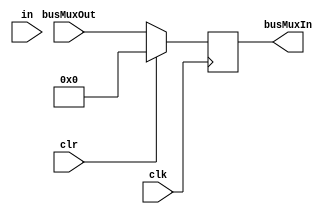
module reg32 (busMuxIn, busMuxOut, clk, clr, in);
    output reg [31:0] busMuxIn;
    input [31:0] busMuxOut;
    input clk, clr, in;
    
    always@(posedge clk)
    begin
        if (clr)
            busMuxIn <= 32'h0000;
        else
            busMuxIn <= busMuxOut;
    end

endmodule